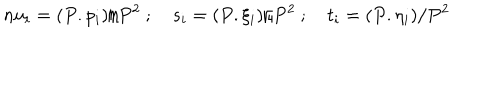
\, n u _ { i } = ( P . p _ { i } ) / P ^ { 2 } \ ; \quad s _ { i } = ( P . \xi _ { i } ) / P ^ { 2 } \ ; \quad t _ { i } = ( P . \eta _ { i } ) / P ^ { 2 }